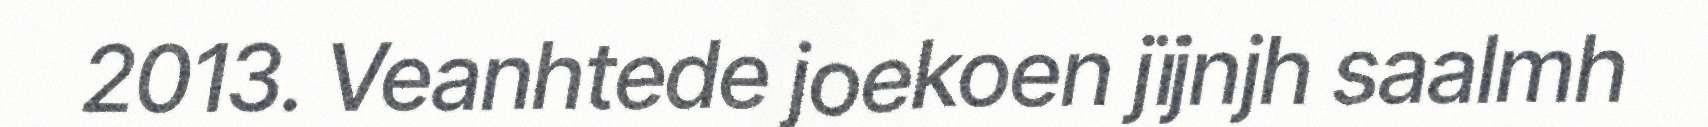
2013. Veanhtede joekoen jïjnjh saalmh